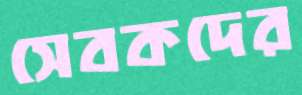
সেবকদের